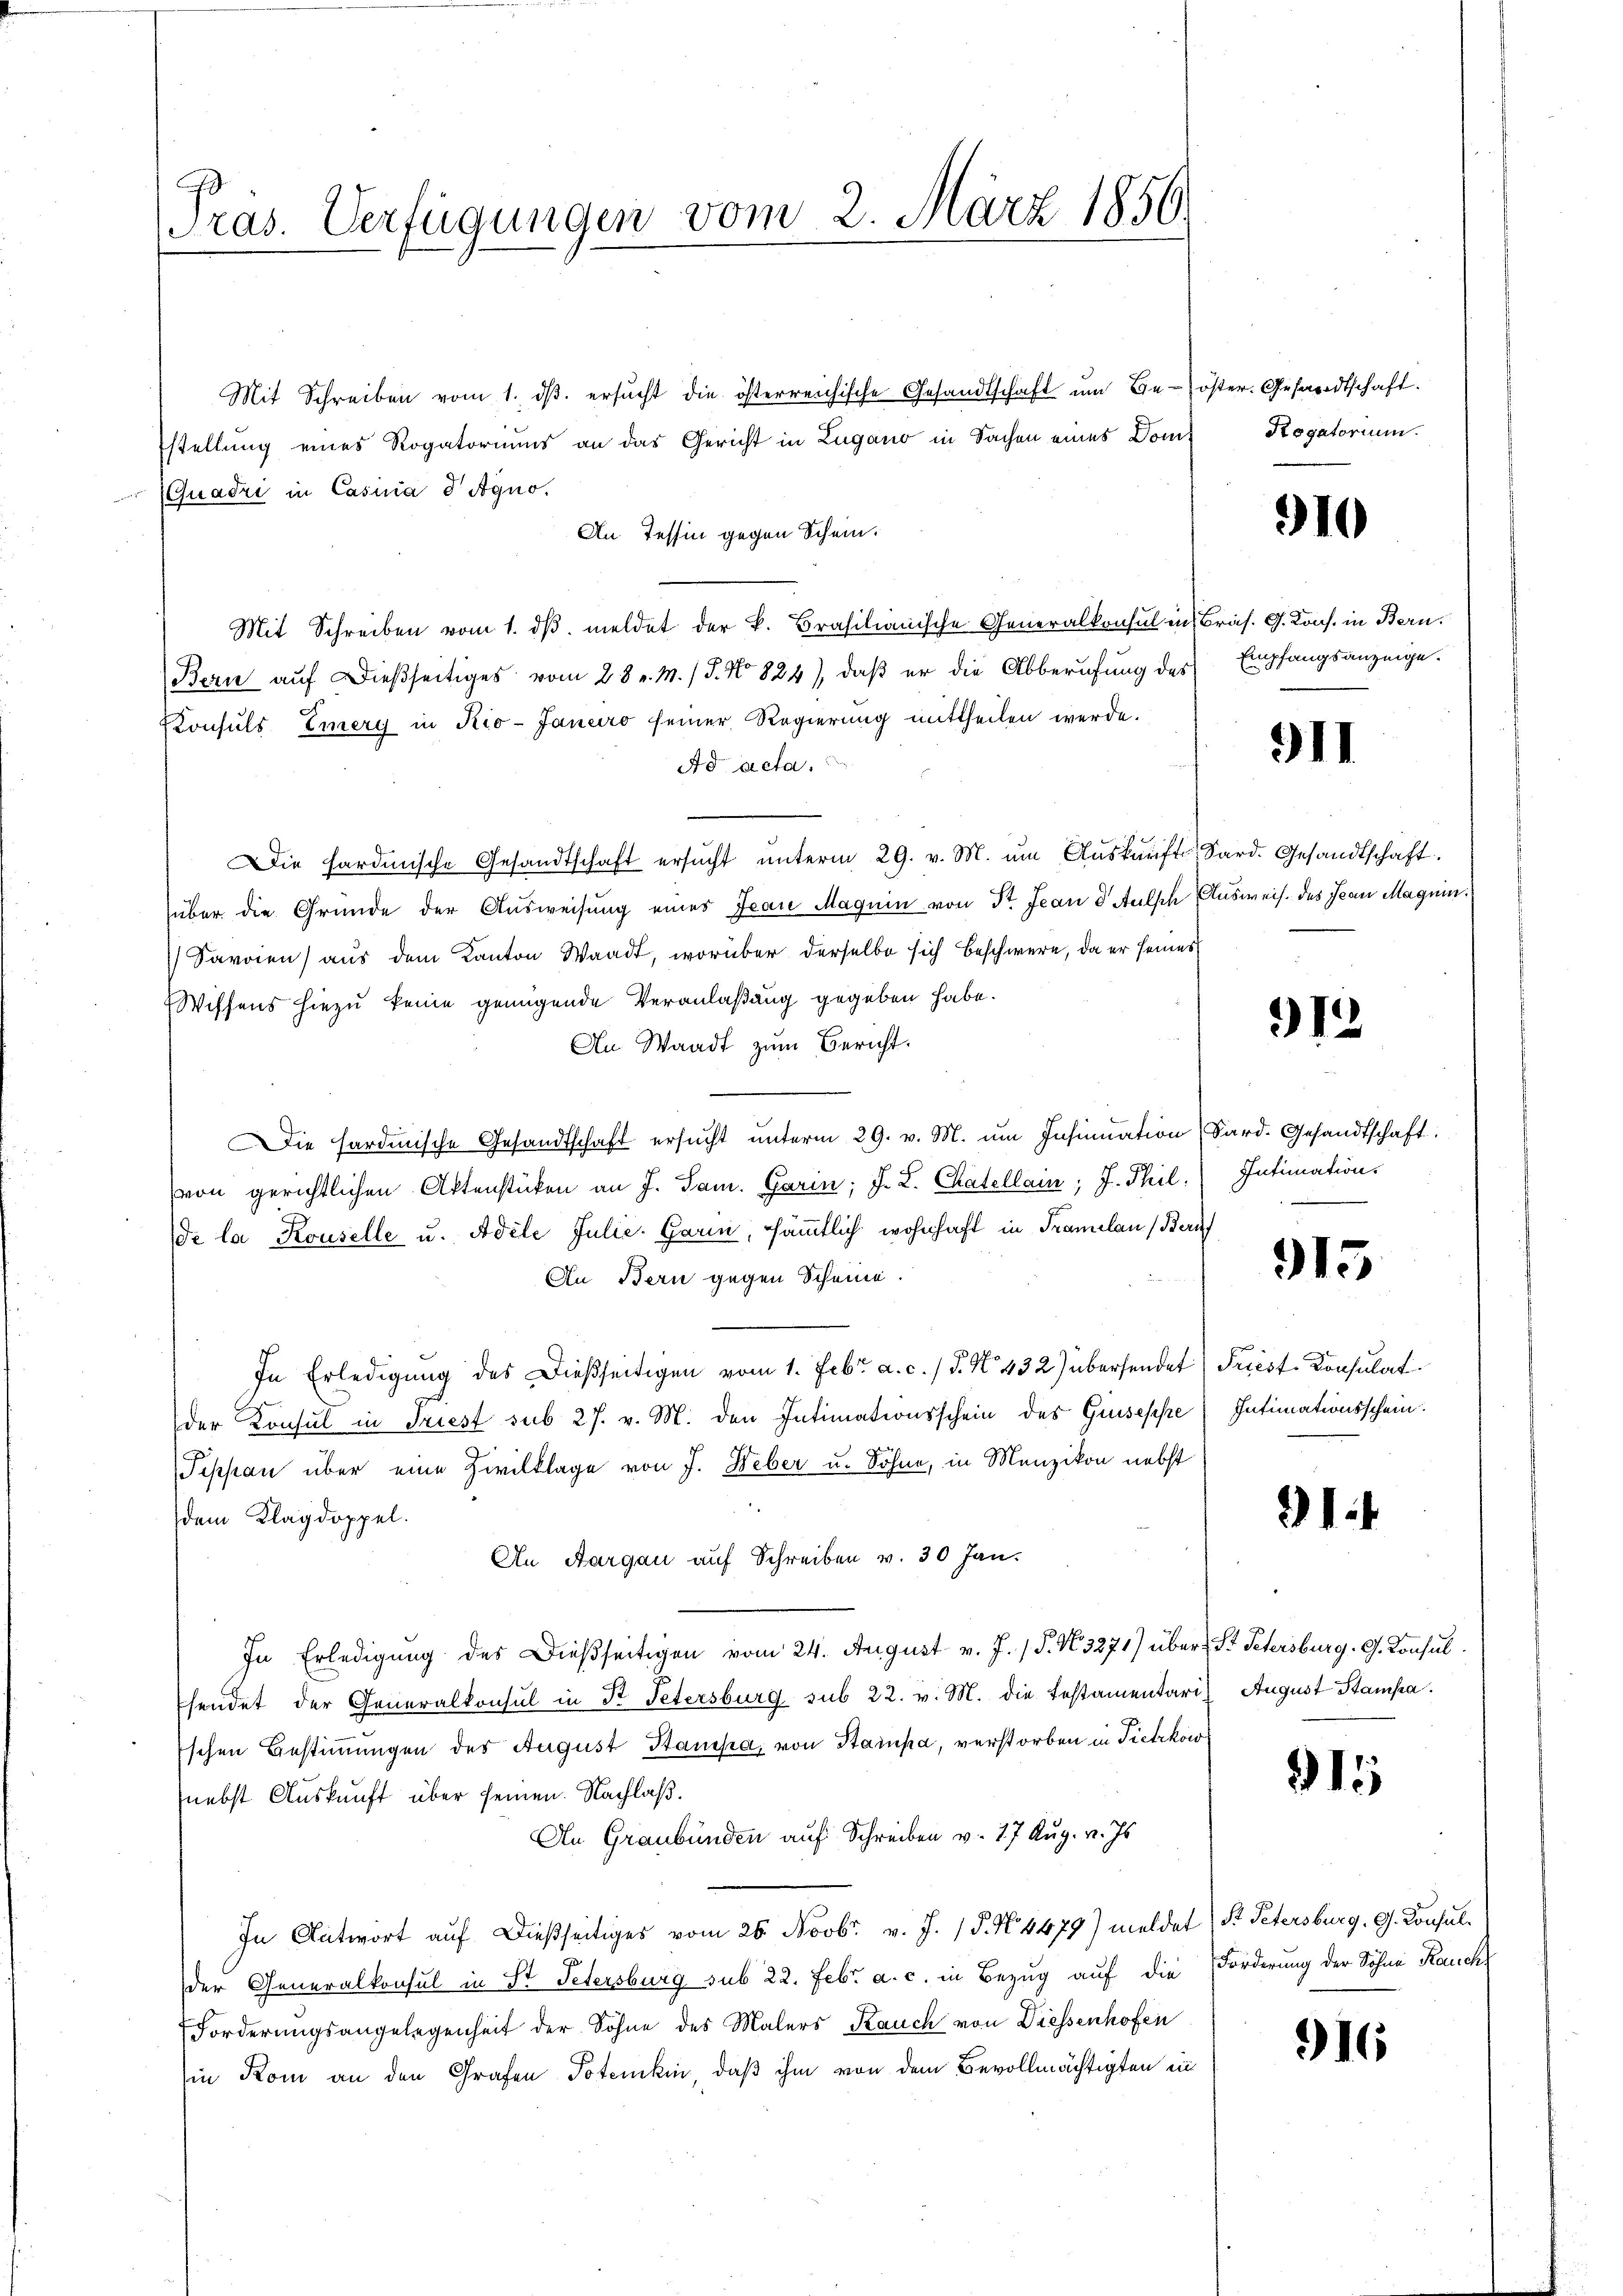
Präs. Verfügungen vom 2. März 1856.

Mit Schreiben vom 1. dβ. ersŭcht die österreichische Gesandtschaft ŭm Be-öster. Gesandtschaft.
stellung eines Rogatoriums an das Gericht in Lugano in Sachen eines Doms
Quadri in Casina d Agno.
An Tessin gegen Schein.
Mit Schreiben vom 1. dβ. meldet der k. Brasilianische Generalkonsul in Bräs. G. Kons. in Bern.
Bern auf dießseitiges vom 28. v. M. J. No 824), daß er die Abberufung des Empfangsanzeige.
Konsuls Eiery in Kio-Janeiro seiner Regierung mittheilen werde.
Ad acta.
Die Hardmische Gesandtschaft ersŭcht ŭnterm 29. v. M. ŭm Aŭskŭnft Sard. Gesandtschaft.
über die Gründe der Ausweisung eines Jean Magnin von St. Jean dAulsch Ausweis des Jean Magnin.
Savoien) aus dem Kanton Waadt, worüber derselbe sich beschwere, da er seines
Wiffens hiezu keine genügende Veranlaßung gegeben habe.
An Waadt zum Bericht.
Die hardinische Gesandtschaft ersucht unterm 29. v. M. um Insinuation Sard. Gesandtschaft.
von gerichtlichen Aktenstücken an J. Sam. Garin; J. L. Chatellain; J. Phil. Intimation
de la Rouselle u. Adele Julie Garm, sämmtlich wohnhaft in Franclan (Bauf
An Bern gegen Scheine.
In Erledigung des Dießseitigen vom 1. Febr. a. c. §. N. 432) übersendet) Priest Consulat
der Konsul in Triest sub 27. v. M. den Intimationsschein des Giuseppe (Intimationsschein.
Pephan über eine Zivilklage von J. Weber u. Söhne, in Menzikon nebst
dem Klagdoppel.
An Aargau auf Schreiben v. 30 Jan.
In Erledigung des Dießseitigen vom 24. August v. J. P. N. 3271) über St. Petersburg. G. Konsul
sendet der Generalkonsul in St. Petersburg sub 22. v. M. die Testamentaris August Stampa
Eschen Bestimmungen des August Stampa, von Stampa, verstorben in Tietzkow
(nebst Auskunft über seinen Nachlaß.
An Graubünden auf Schreiben v. 27 Aug. v. Js.
In Antwort auf dießseitiges vom 26. Novbr. v. J. P. N. 4479) meldet St. Petersburg, G. Consulder Generalkonsul in St. Petersburg sub 22. Febr. a. c. in Bezug auf die Forderung der Sohne Rauch
Forderungsangelegenheit der Söhne des Malers Kauch von Diessenhofen
in Kom an den Grafen Totenkin, daß ihm von dem Bevollmächtigten in

Rogatorium.

310

311

912

915

91.

155

916